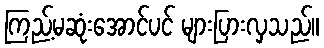
ကြည့်မဆုံးအောင်ပင် များပြားလှသည်။